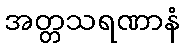
အတ္တသရဏာနံ